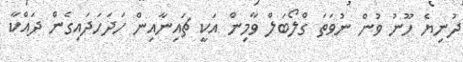
ދުނިޔެ ހޫނު ވުން ނުވަތަ ގްލޯބަލް ވާމިން އަކީ ޗައިނާއިން ހަދަހަދައިގެން ދައްކާ